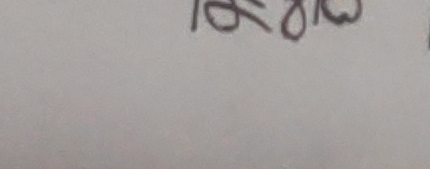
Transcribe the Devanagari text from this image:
ठिक छ।